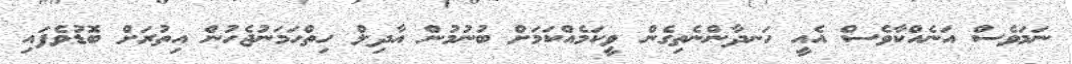
ނަމަވެސް އަނެއްކާވެސް އެއީ ހަނދާންނެތިގެން ވީކަމެއްކަމަށް ބުނުމުން އާދިލް ހިތްހަމަނުޖެހުން އިތުރަށް ބޮޑުވެފައި